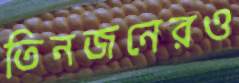
তিনজনেরও